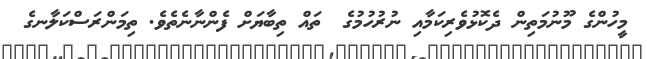
މީހުންގެ މޫނުމަތިން ދެކޮޅުވެރިކަމާއި ނުރުހުމުގެ  ތައް ތިބާޔަށް ފެންނާނެތެވެ. ތިމަންރަސްކަލާނގެ